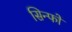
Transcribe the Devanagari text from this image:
सिन्फों